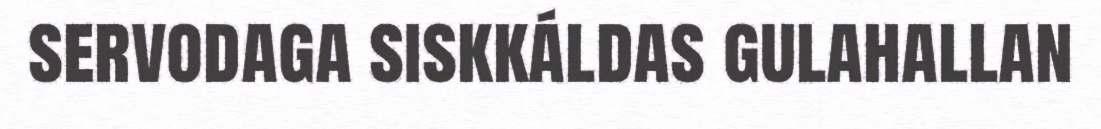
servodaga siskkáldas gulahallan